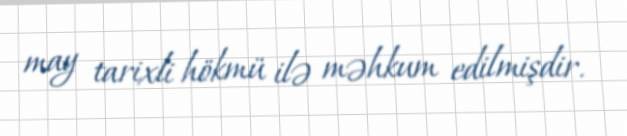
may tarixli hökmü ilə məhkum edilmişdir.